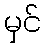
မှင်